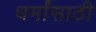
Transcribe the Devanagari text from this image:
धर्मांसाठी